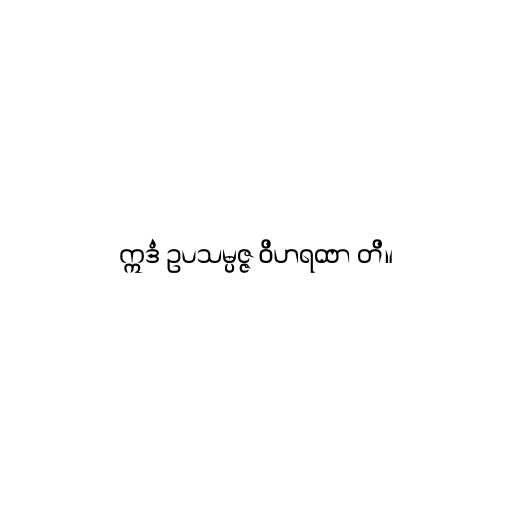
ဣဒံ ဥပသမ္ပဇ္ဇ ဝိဟရထာ တိ။